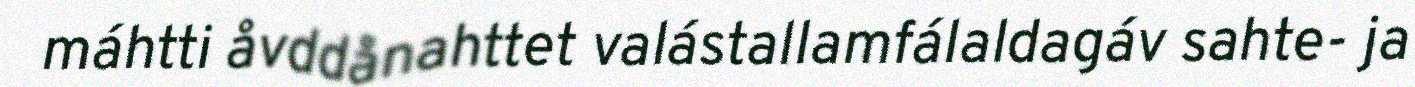
máhtti åvddånahttet valástallamfálaldagáv sahte- ja